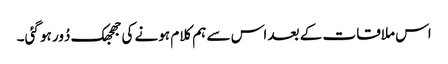
اس ملاقات کے بعد اس سے ہم کلام ہونے کی جھجھک دُور ہو گئی۔